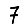
Digit: 7